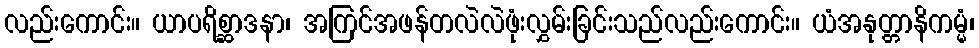
လည်းကောင်း။ ယာပရိစ္ဆာဒနာ၊ အကြင်အဖန်တလဲလဲဖုံးလွှမ်းခြင်းသည်လည်းကောင်း။ ယံအနုတ္တာနိကမ္မံ၊